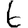
Digit: 6